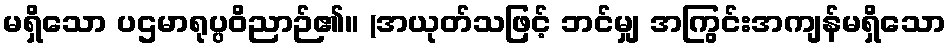
မရှိသော ပဌမာရုပ္ပဝိညာဉ်၏။ (အယုတ်သဖြင့် ဘင်မျှ အကြွင်းအကျန်မရှိသော